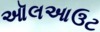
ઑલઆઉટ